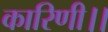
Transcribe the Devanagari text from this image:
कारिणी।।